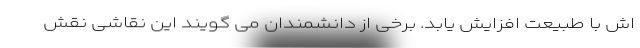
اش با طبیعت افزایش یابد. برخی از دانشمندان می گویند این نقاشی نقش